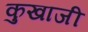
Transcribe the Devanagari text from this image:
कुखाजी